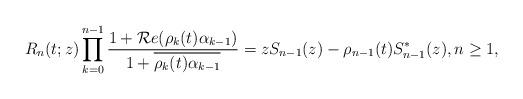
LaTeX: \begin{align*} R_n(t;z) \prod_{k=0}^{n-1} \frac{ 1 + \mathcal{R}e(\rho_{k}(t)\alpha_{k-1})}{1+\overline{\rho_{k}(t) \alpha_{k-1}}} = zS_{n-1}(z) - \rho_{n-1}(t)S_{n-1}^{\ast}(z), n \geq 1,\end{align*}